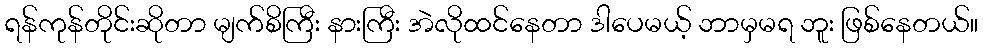
ရန်ကုန်တိုင်းဆိုတာ မျက်စိကြီး နားကြီး အဲလိုထင်နေတာ ဒါပေမယ့် ဘာမှမရ ဘူး ဖြစ်နေတယ်။